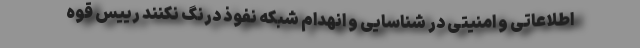
اطلاعاتی و امنیتی در شناسایی و انهدام شبکه نفوذ درنگ نکنند رییس قوه